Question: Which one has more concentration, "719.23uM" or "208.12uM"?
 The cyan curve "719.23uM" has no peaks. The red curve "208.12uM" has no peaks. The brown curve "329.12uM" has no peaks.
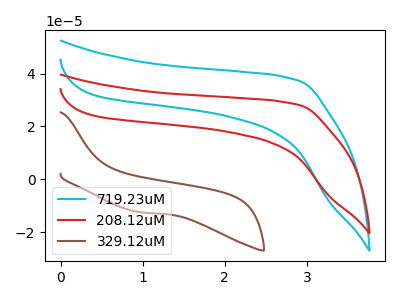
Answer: <think>Neither "719.23uM" or "208.12uM" have any peaks.
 </think>
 <answer>I cant tell if "719.23uM" or "208.12uM" has higher concentration.</answer>
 <eval>mixed_concentration</eval>